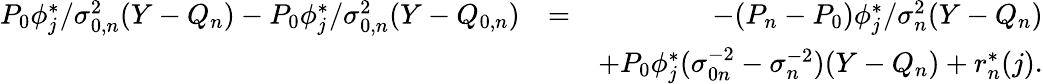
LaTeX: \begin{array}{rlr}{P_{0}\phi_{j}^{*}/\sigma_{0,n}^{2}(Y-{Q_{n}})-P_{0}\phi_{j}^{*}/\sigma_{0,n}^{2}(Y-{Q_{0,n}})}&{=}&{-(P_{n}-P_{0})\phi_{j}^{*}/\sigma_{n}^{2}(Y-{Q_{n}})}\\ &{}&{+P_{0}\phi_{j}^{*}(\sigma_{0n}^{-2}-\sigma_{n}^{-2})(Y-Q_{n})+r_{n}^{*}(j).}\end{array}